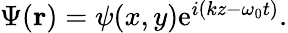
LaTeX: \begin{array}{r}{\Psi({\mathbf r})=\psi(x,y)\mathrm{e}^{i(kz-\omega_{0}t)}.}\end{array}